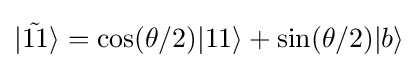
|{\tilde {11}}\rangle =\cos(\theta /2)|11\rangle +\sin(\theta /2)|b\rangle